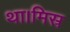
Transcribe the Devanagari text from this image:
था।मिस्र